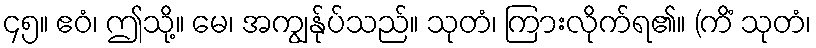
၄၅။ ဧဝံ၊ ဤသို့။ မေ၊ အကျွန်ုပ်သည်။ သုတံ၊ ကြားလိုက်ရ၏။ (ကိံ သုတံ၊